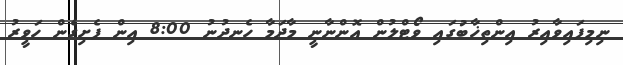
ނިމިފައިވާއިރު އިންތިޚާބުގައި ވޯޓްލުން އޮންނާނީ މާދަމާ ހެނދުނު 8:00 އިން ފެށިގެން ހަވީރު